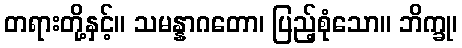
တရားတို့နှင့်။ သမန္နာဂတော၊ ပြည့်စုံသော။ ဘိက္ခု၊